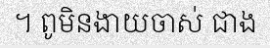
។ ពូមិនងាយចាស់ ជាង